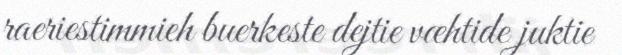
raeriestimmieh buerkeste dejtie væhtide juktie